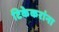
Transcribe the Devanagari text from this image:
टिकेकरांना